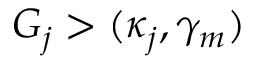
G _ { j } > ( \kappa _ { j } , \gamma _ { m } )